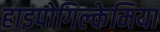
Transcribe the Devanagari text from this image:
हाइपोगिल्केमिया